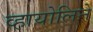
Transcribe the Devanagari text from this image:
व्हायोलिने